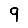
Digit: 9